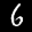
Label: 6